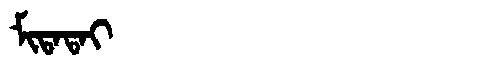
Manchu: ᠮᡳᡨᠠᡨᠠᡳ
Romanization: MITATAI